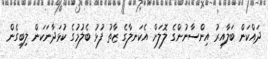
ދައްކަން ބަލާއިރު އިންސާނުންގެ ލޮލަށް އެކަނލާގެ ޒާތު ފުޅު ބެލުމުގެ ކުޅަދާނަކަން ލިބިގެން